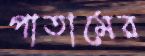
পাতামের